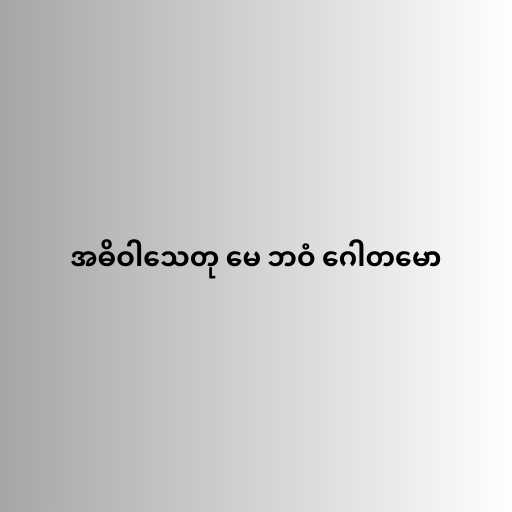
အဓိဝါသေတု မေ ဘဝံ ဂေါတမော